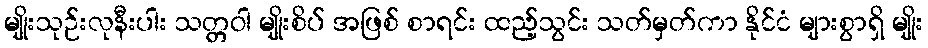
မျိုးသုဉ်းလုနီးပါး သတ္တဝါ မျိုးစိပ် အဖြစ် စာရင်း ထည့်သွင်း သတ်မှတ်ကာ နိုင်ငံ များစွာရှိ မျိုး